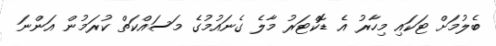
ބެލުމަށް ޓަކައި މިހާރު އެ ޑޮކްޓަރު މާލެ ގެނައުމުގެ މަސައްކަތް ކުރަމުން އަންނަ